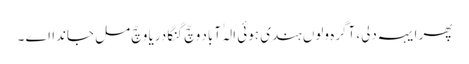
پھر ایہہ دلی، آگرہ ولوں ہندی ہوئی الہٰ آباد وچّ گنگا دریا وچّ مل جاندا اے ۔